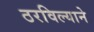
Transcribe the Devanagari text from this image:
ठरविल्याने